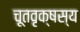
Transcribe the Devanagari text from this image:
चूतवृक्षस्य